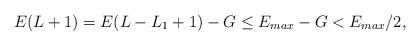
LaTeX: \begin{align*}E(L+1) = E(L - L_1+1) - G \le E_{max} - G < E_{max}/2 ,\end{align*}